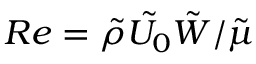
R e = \tilde { \rho } \tilde { U _ { 0 } } \tilde { W } / \tilde { \mu }